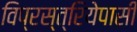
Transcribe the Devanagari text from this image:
विप्रस्त्रियेपासी